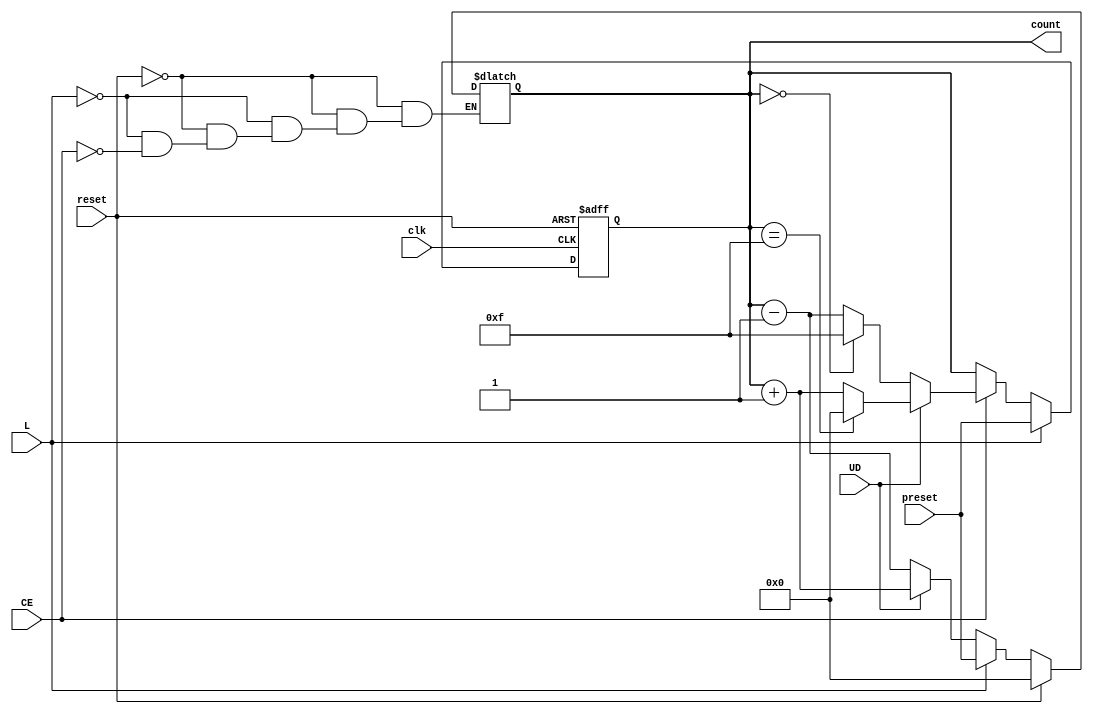
module async_load_counter (
    input wire clk,           // Clock signal
    input wire reset,         // Asynchronous reset
    input wire L,            // Load signal
    input wire CE,           // Count Enable signal
    input wire UD,           // Up/Down control signal
    input wire [3:0] preset, // 4-bit preset value
    output reg [3:0] count   // 4-bit counter output
);

// Asynchronous reset logic
always @(*) begin
    if (reset) begin
        count = 4'b0000; // Reset counter to 0
    end else if (L) begin
        count = preset; // Load preset value
    end else if (CE) begin
        if (UD) begin
            // Count up
            count = count + 1;
        end else begin
            // Count down
            count = count - 1;
        end
    end
end

// Clock edge logic for counting
always @(posedge clk or posedge reset) begin
    if (reset) begin
        count <= 4'b0000; // Reset counter to 0
    end else if (L) begin
        count <= preset; // Load preset value
    end else if (CE) begin
        if (UD) begin
            // Count up with wrap around
            count <= (count == 4'b1111) ? 4'b0000 : count + 1;
        end else begin
            // Count down with wrap around
            count <= (count == 4'b0000) ? 4'b1111 : count - 1;
        end
    end
end

endmodule